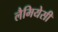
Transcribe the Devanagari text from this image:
लैमियेसी